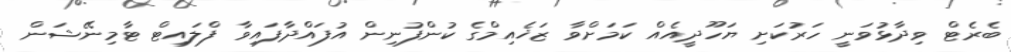
ބެރެޓް ވިދާޅުވަނީ ހަރުކަށި ޔަހޫދީއެއް ކަމަށްވާ ޒަޚެއިމްގެ ކުންފުނިން އުފައްދާފައިވާ ފްލައިޓް ޓާމިނޭޝަން